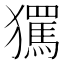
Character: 𭸱